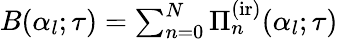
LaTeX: \begin{array}{r}{B(\alpha_{l};\tau)=\sum_{n=0}^{N}{\Pi}_{n}^{\mathrm{(ir)}}(\alpha_{l};\tau)}\end{array}